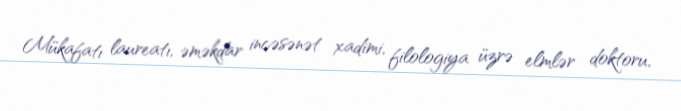
Mükafatı laureatı, əməkdar incəsənət xadimi, filologiya üzrə elmlər doktoru,